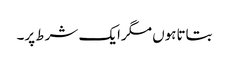
بتاتاہوں مگرایک شرط پر۔